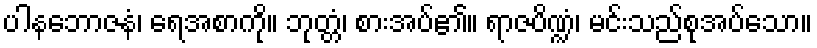
ပါနဘောဇနံ၊ ရေအစာကို။ ဘုတ္တံ၊ စားအပ်၏။ ရာဇပိဏ္ဍံ၊ မင်းသည်စုအပ်သော။